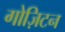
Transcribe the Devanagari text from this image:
गोज़िटन